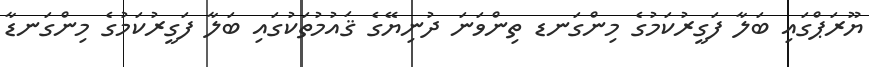
ޔޫރަޕްގައި ބަލާ ފަގީރުކަމުގެ މިންގަނޑ ތިންވަނަ ދުނިޔޭގެ ޤައުމުތަކުގައި ބަލާ ފަގީރުކަމުގެ މިންގަނޑާ